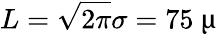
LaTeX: L=\sqrt{2\pi}\sigma=75~\upmu